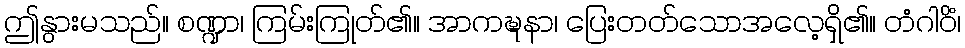
ဤနွားမသည်။ စဏ္ဍာ၊ ကြမ်းကြုတ်၏။ အာကဍ္ဎနာ၊ ပြေးတတ်သောအလေ့ရှိ၏။ တံဂါဝိံ၊